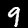
Label: 9